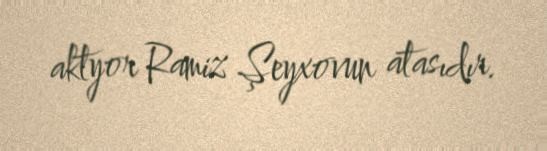
aktyor Ramiz Şeyxovun atasıdır.